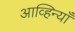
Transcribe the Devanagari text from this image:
आव्हिन्याँ